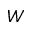
W